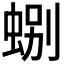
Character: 𫊽